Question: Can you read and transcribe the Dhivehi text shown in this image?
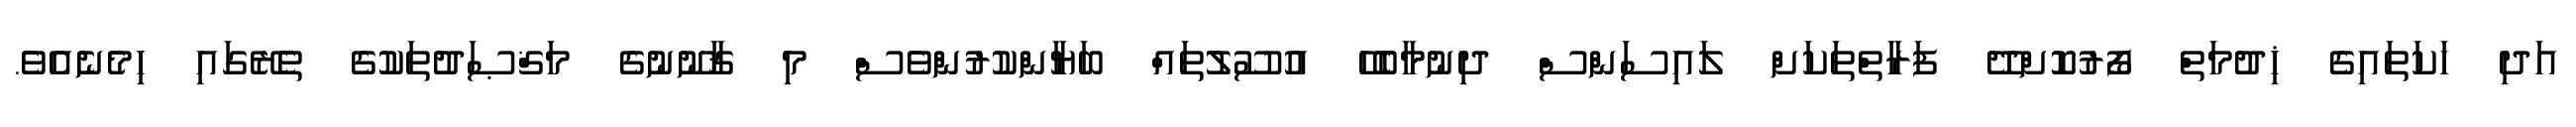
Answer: އަދި ހަކަތައިގެ ޚިދުމަތް ފޯރުކޮށްދޭ ފަރާތްތަކަށް ލައިސަންސް ދިނުމާބެހޭ އުސޫލުތައް ބަޔާންކުރުންވެސް މި ޤާނޫނުގެ މަޤްޞަދުތަކުގެ ތެރޭގައި ހިމެނެއެވެ.